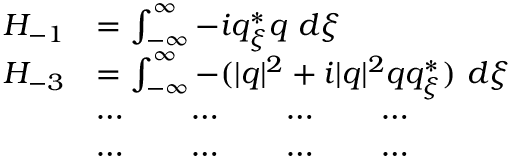
\begin{array} { r l } { H _ { - 1 } } & { = \int _ { - \infty } ^ { \infty } - i q _ { \xi } ^ { * } q \ d \xi } \\ { H _ { - 3 } } & { = \int _ { - \infty } ^ { \infty } - ( | q | ^ { 2 } + i | q | ^ { 2 } q q _ { \xi } ^ { * } ) \ d \xi } \\ & { \cdots \qquad \cdots \qquad \cdots \qquad \cdots } \\ & { \cdots \qquad \cdots \qquad \cdots \qquad \cdots } \end{array}